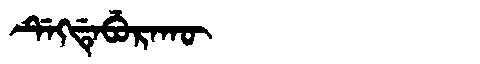
Manchu: ᡩᡝᡴᡩᡝᠪᡠᡵᠠᡴᡡ
Romanization: DEKDEBURAKŪ